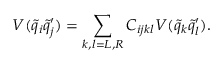
V ( \tilde { q } _ { i } \tilde { q } _ { j } ^ { \prime } ) = \sum _ { k , l = L , R } C _ { i j k l } V ( \tilde { q } _ { k } \tilde { q } _ { l } ^ { \prime } ) .